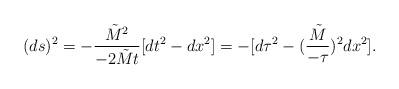
LaTeX: \begin{align*}(ds)^2 = - {{\tilde M}^2 \over -2 {\tilde M} t} [dt^2 - dx^2] = - [d \tau^2 - ({{\tilde M} \over - \tau})^2 dx^2].\end{align*}